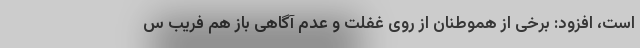
است، افزود: برخی از هموطنان از روی غفلت و عدم آگاهی باز هم فریب س